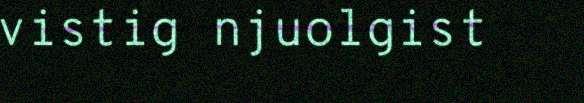
vistig njuolgist